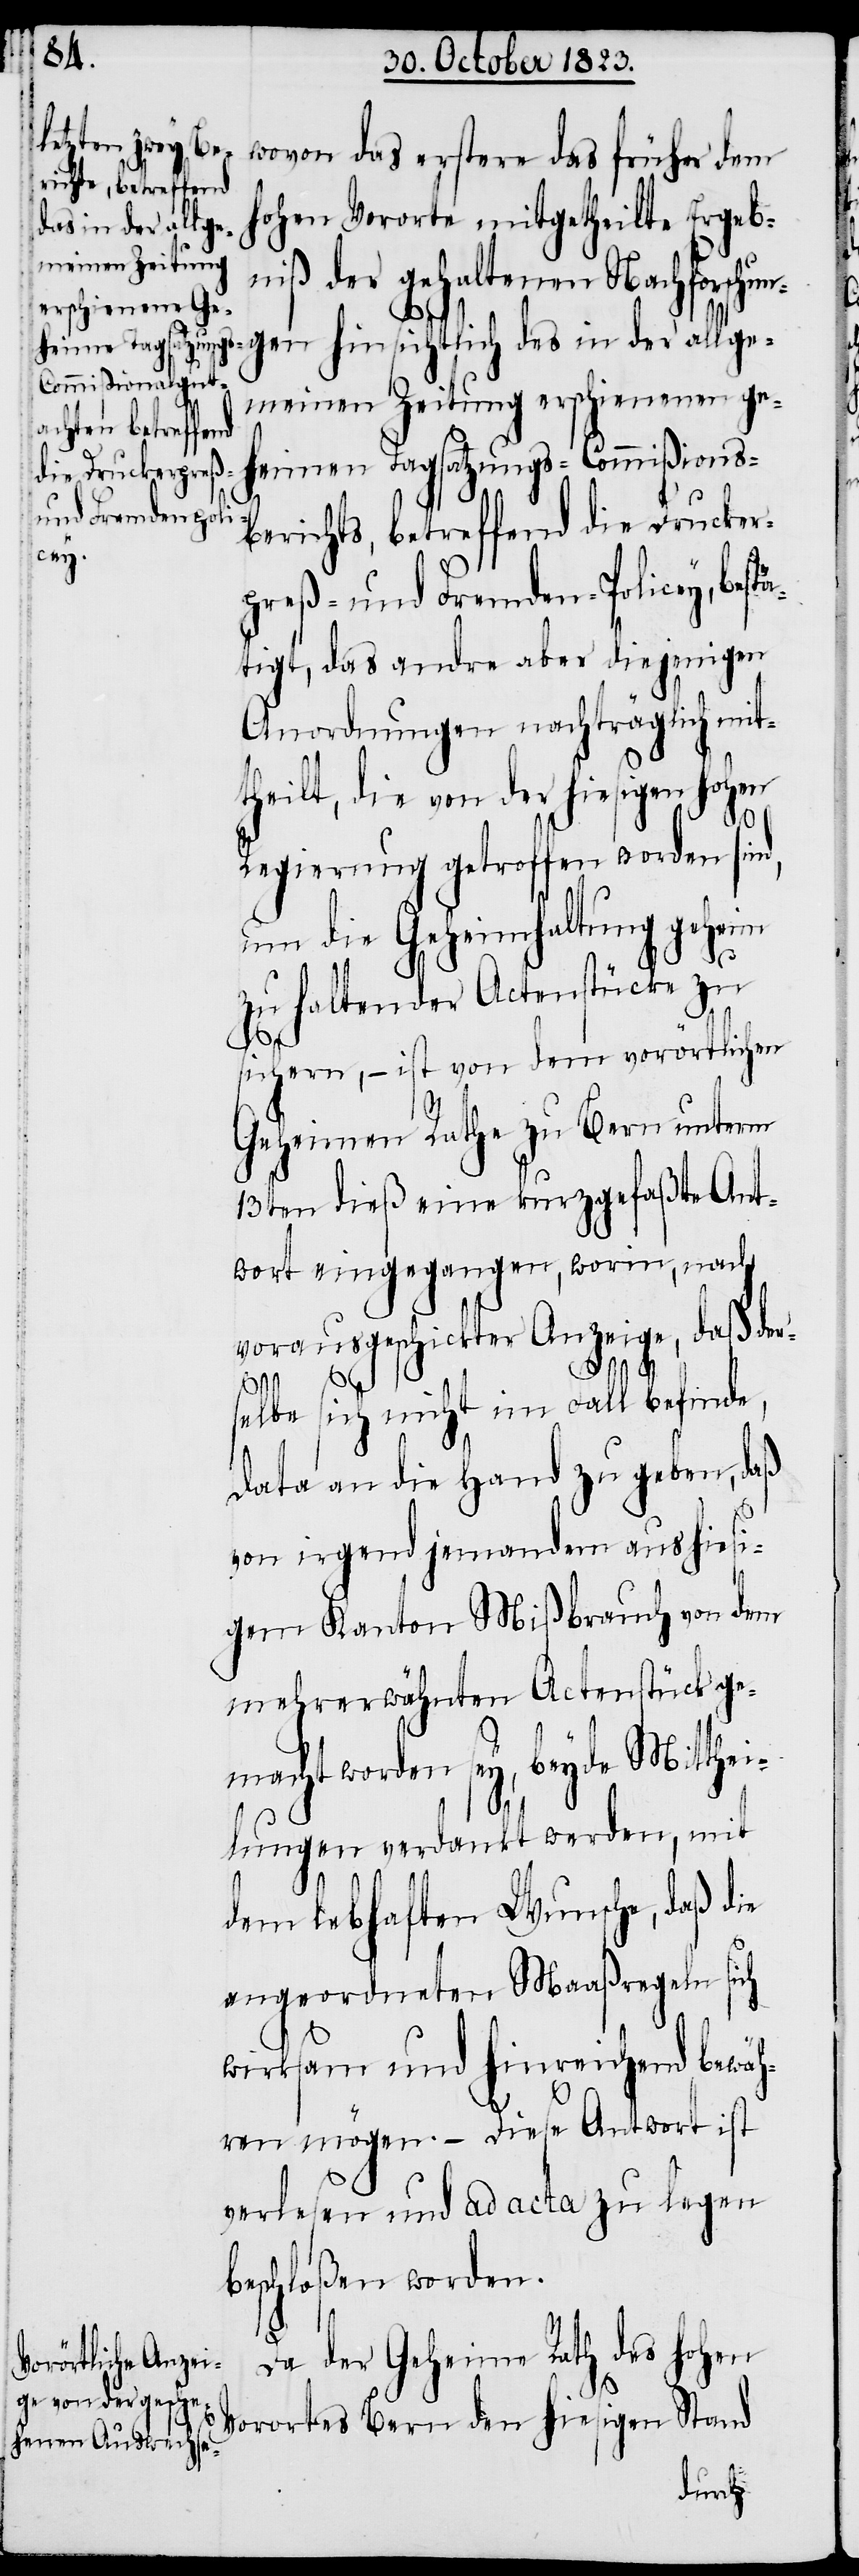
wovon das erstere das früher dem
hohen Vororte mitgetheilte Ergeb¬
des in der allge¬
niß der gehaltenen Nachforsc¬
meinen Zeitung erschienenen ge¬
heimen Tagsatzungs-Commißions¬
berichts, betreffend die Drucker¬
preß- und Fremden-Policey, bes¬
tigt, das andre aber diejenigen
Anordnungen nachträglich mit¬
theilt, die von der hiesigen hohen
tä¬
Regierung getroffen worden sin¬
um die Geheimhaltung geheim
d,
zu haltender Actenstücke zu
sichern, − ist von dem vorörtlichen
Geheimen Rathe zu Bern unterm
13ten dieß eine kurzgefaßte Ant¬
wort eingegangen, worin, nach
vorausgeschickter Anzeige, daß der¬
hungen
selbe sich nicht im Fall befinde,
Data an die Hand zu geben, daß
von irgend jemandem aus hiesi¬
gem Kanton Mißbrauch von dem
mehrerwähnten Actenstück ge¬
macht worden sey, beyde Mitthei¬
lungen verdankt werden, mit
dem lebhaften Wunsche, daß die
angeordneten Maaßregeln sich
wirksam und hinreichend bewäh¬
ren mögen. – Diese Antwort ist
verlesen und ad acta zu legen
beschloßen worden.
Da der Geheime Rath des hohen
Vorortes Bern den hiesigen Stand